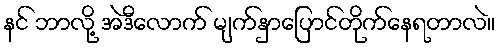
နင် ဘာလို့ အဲဒီလောက် မျက်နှာပြောင်တိုက်နေရတာလဲ။